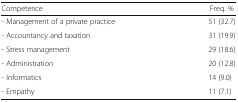
| Competence | Freq. % |
 | --- | --- |
 | - Management of a private practice | 51 (32.7) |
 | - Accountancy and taxation | 31 (19.9) |
 | - Stress management | 29 (18.6) |
 | - Administration | 20 (12.8) |
 | - Informatics | 14 (9.0) |
 | - Empathy | 11 (7.1) |